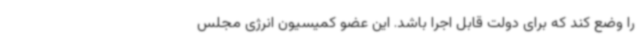
را وضع کند که برای دولت قابل اجرا باشد. این عضو کمیسیون انرژی مجلس